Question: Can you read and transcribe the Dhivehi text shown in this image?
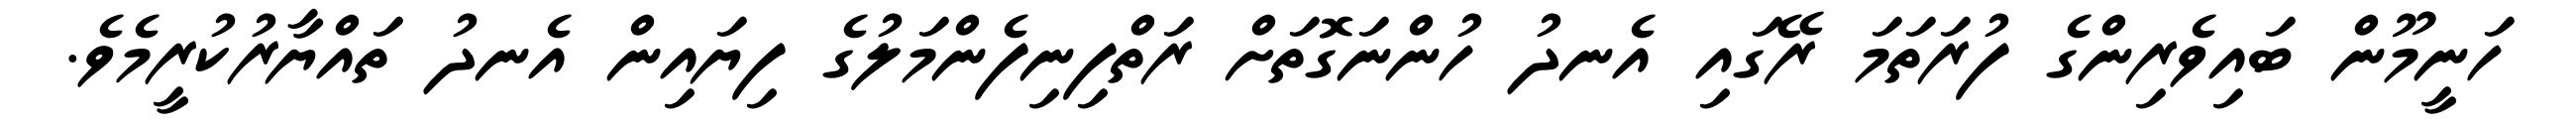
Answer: ހަނީމޫން ބައިވެރިންގެ ފުރަތަމަ ރޭގައި އެނދު ހުންނަގޮތަށް ރަތްފިނިފެންމަލުގެ ފިޔައިން އެނދު ތައްޔާރުކުރީމެވެ.